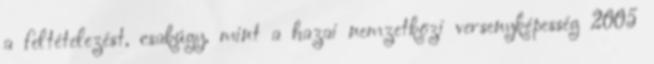
a feltételezést, csakúgy, mint a hazai nemzetközi versenyképesség 2005